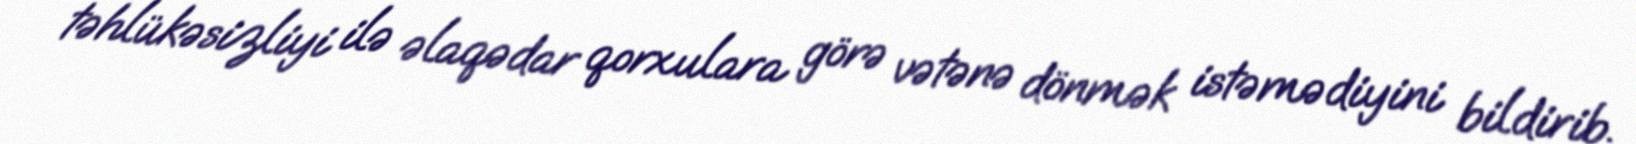
təhlükəsizliyi ilə əlaqədar qorxulara görə vətənə dönmək istəmədiyini bildirib.